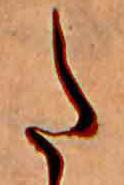
た